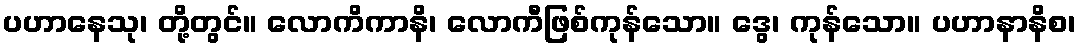
ပဟာနေသု၊ တို့တွင်။ လောကိကာနိ၊ လောကီဖြစ်ကုန်သော။ ဒွေ၊ ကုန်သော။ ပဟာနာနိစ၊